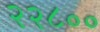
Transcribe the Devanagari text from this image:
२२८००